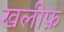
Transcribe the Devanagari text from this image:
खलीफ़